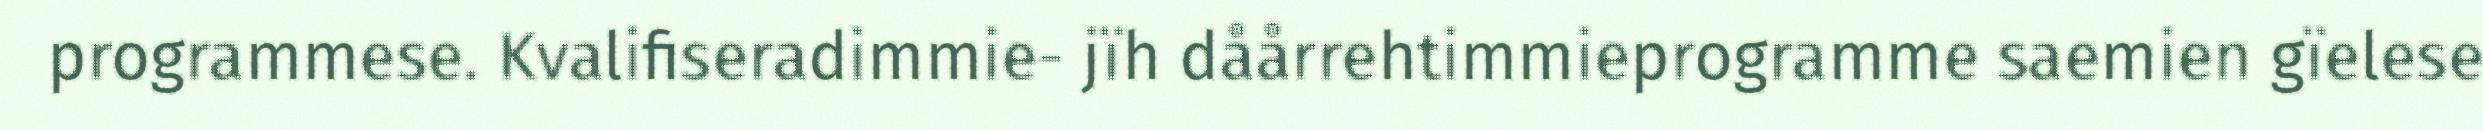
programmese. Kvalifiseradimmie- jïh dåårrehtimmieprogramme saemien gïelese